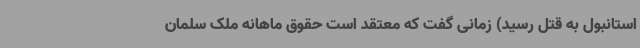
استانبول به قتل رسید) زمانی گفت که معتقد است حقوق ماهانه ملک سلمان